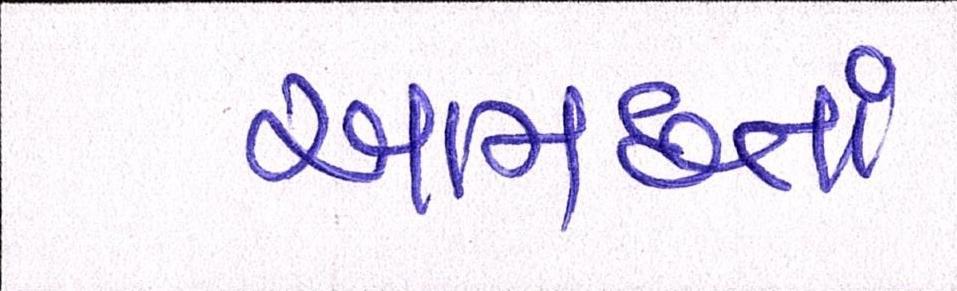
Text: આમછતાં